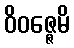
ဝိဝဇ္ဇေမိ